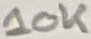
Text: 10K